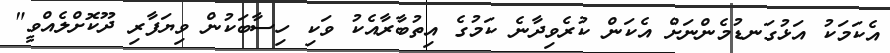
އެކަމަކު އަޅުގަނޑުމެންނަށް އެކަން ކުރެވިދާނެ ކަމުގެ އިތުބާރާއެކު ވަކި ހިސާބަކުން ވިޔަފާރި ދޫކޮށްލެއްވީ"